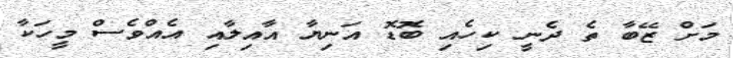
މަށް ޒޭބާ ތެ ދެނީ ކިހެއި ބޮޑޮ އަނިޔާ އާއިލާއި އެއްވެސް މީހަކާ